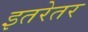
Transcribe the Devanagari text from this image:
इतरेतर